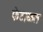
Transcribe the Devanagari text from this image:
फेटाळत